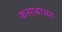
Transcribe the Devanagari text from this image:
कसाबाच्या